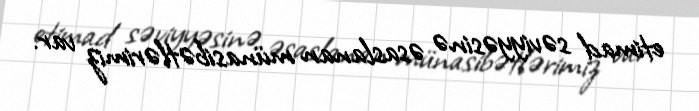
etimad səviyyəsinə əsaslanan münasibətlərimiz var.